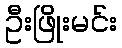
ဦးဖြိုးမင်း